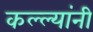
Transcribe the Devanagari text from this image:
कल्ल्यांनी